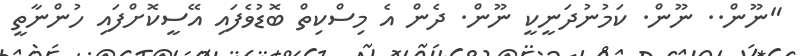
"ނޫން.. ނޫން. ކަމުނުދަނީކީ ނޫން. ދެން އެ މިސްކިތް ބޮޑުވެފައި އޭސީކޮށްފައި ހުންނާތީ